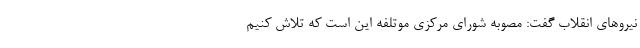
نیروهای انقلاب گفت: مصوبه شورای مرکزی موتلفه این است که تلاش کنیم